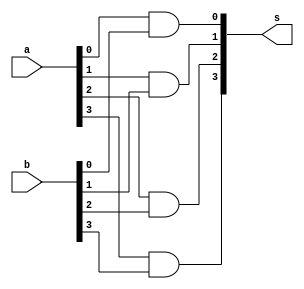
// -------------------------
// Exemplo0031 - CIRCUITOS
// Nome: Rodolfo Herman
// -------------------------
// -------------------------

/**
* Porta AND 4 entradas e saidas
*/
module pand4 ( output [3:0] s, input [3:0] a, input [3:0] b );
//definir entradas e saidas
and AND1 ( s[0], a[0], b[0] );
and AND2 ( s[1], a[1], b[1] );
and AND3 ( s[2], a[2], b[2] );
and AND4 ( s[3], a[3], b[3] );
//terminar
endmodule

/**
* Porta OR 4 entradas e saidas
*/
module por4 ( output [3:0] s, input [3:0] a, input [3:0] b );
//definir entradas e saidas
or OR1 ( s[0], a[0], b[0] );
or OR2 ( s[1], a[1], b[1] );
or OR3 ( s[2], a[2], b[2] );
or OR4 ( s[3], a[3], b[3] );
//terminar
endmodule

/**
* Testar portas
*/
module modulos;
//criar registradores
reg [3:0] x;
reg [3:0] y;
//criar conexao
wire [3:0] z;
wire [3:0] p;
//realizar testes
pand4 teste1 (z, x, y);
por4 teste2  (p, x, y);
//atribuir valor inicial
initial begin
x = 4'b0011;
y = 4'b0101;
//terminar initial
end

/**
* Parte principal
*/
initial begin
//Identificaoes
$display ("Exemplo 0031");
$display ("Autor: Rodolfo Herman");
$display ("Test LU's module");
//projetar teste dos modulos
$display ("\nAND");
#1 $display ("%4b %4b %4b", x, y, z);
$display ("\nOR");
#1 $display ("%4b %4b %4b", x, y, p);
//terminar initial
end
//terminar
endmodule